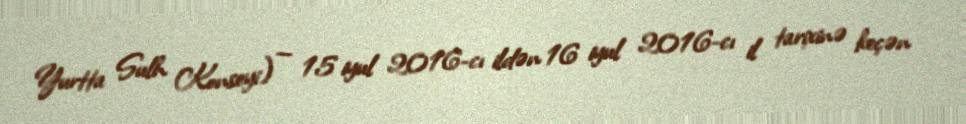
Yurtta Sulh Konseyi) — 15 iyul 2016-cı ildən 16 iyul 2016-cı il tarixinə keçən